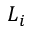
L _ { i }